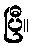
ပြီ။